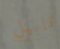
قابيل